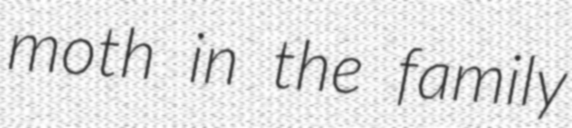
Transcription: moth in the family